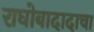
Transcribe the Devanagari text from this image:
राघोबादादाचा